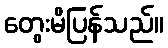
တွေးမိပြန်သည်။